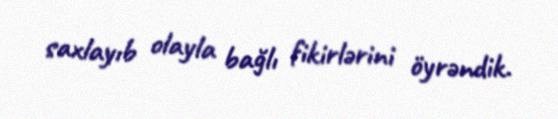
saxlayıb olayla bağlı fikirlərini öyrəndik.